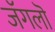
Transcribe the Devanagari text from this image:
जॅगलॊ